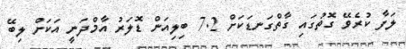
ލަފާ ކުރެވޭ ގޮތުގައި ގާތްގަނޑަކަށް 7.2 ބިލިއަން ޑޮލަރު އާމްދަނީ އަކަށް ލިބޭ